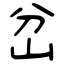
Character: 岔